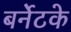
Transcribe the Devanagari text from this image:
बर्नेटके